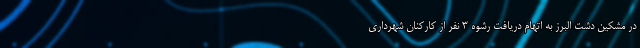
در مشکین دشت البرز به اتهام دریافت رشوه ۳ نفر از کارکنان شهرداری